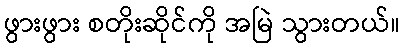
ဖွားဖွား စတိုးဆိုင်ကို အမြဲ သွားတယ်။